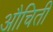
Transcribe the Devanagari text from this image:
औचिती